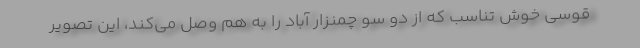
قوسي خوش ‌تناسب كه از دو سو چمنزار آباد را به هم وصل مي‌كند، اين تصوير